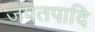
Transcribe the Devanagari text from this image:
जपतपादि